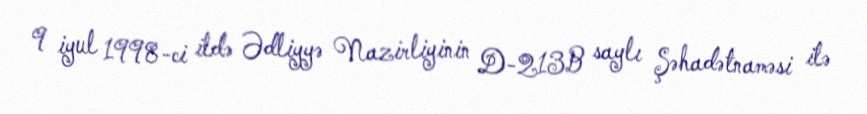
9 iyul 1998-ci ildə Ədliyyə Nazirliyinin D-213B saylı Şəhadətnaməsi ilə